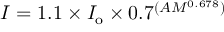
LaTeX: I = 1 . 1 \times I _ { \mathrm { o } } \times 0 . 7 ^ { ( A M ^ { 0 . 6 7 8 } ) }